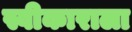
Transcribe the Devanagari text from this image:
स्वीकाराला